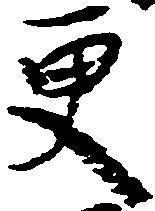
更